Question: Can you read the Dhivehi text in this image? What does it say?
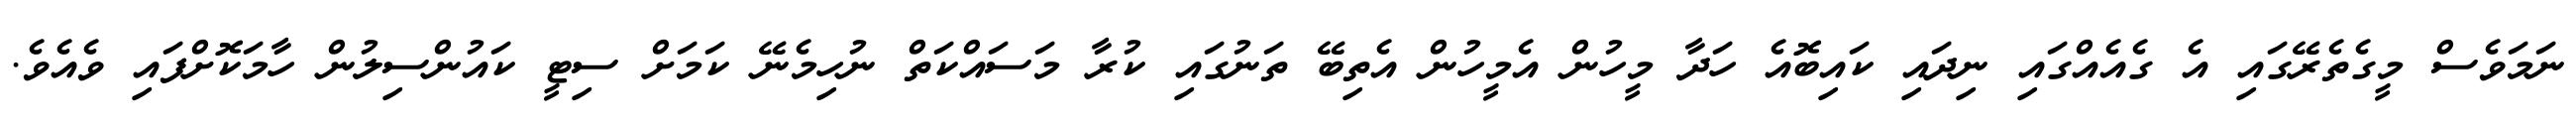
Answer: ނަމަވެސް މީގެތެރޭގައި އެ ގެއެއްގައި ނިދައި ކައިބޮއެ ހަދާ މީހުން އެމީހުން އެތިބޭ ތަނުގައި ކުރާ މަސައްކަތް ނުހިމެނޭ ކަމަށް ސިޓީ ކައުންސިލުން ހާމަކޮށްފައި ވެއެވެ.